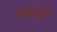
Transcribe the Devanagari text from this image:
मंधारपुर